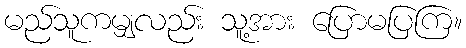
မည်သူကမျှလည်း သူ့အား ပြောမပြကြ။